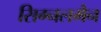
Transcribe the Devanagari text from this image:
सिग्नलमैन